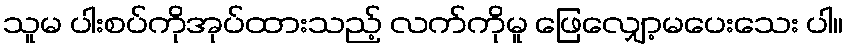
သူမ ပါးစပ်ကိုအုပ်ထားသည့် လက်ကိုမူ ဖြေလျှော့မပေးသေး ပါ။